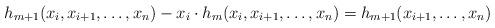
LaTeX: \begin{align*}h_{m+1}(x_i, x_{i+1}, \dots, x_n) - x_i \cdot h_m(x_i, x_{i+1}, \dots, x_n) = h_{m+1}(x_{i+1}, \dots, x_n)\end{align*}